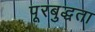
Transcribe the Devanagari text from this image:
पूरबुद्धता